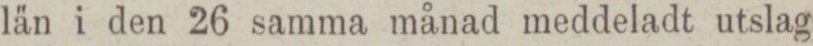
län i den 26 samma månad meddeladt utslag